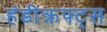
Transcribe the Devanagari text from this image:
हंडीक्रफ्ट्स